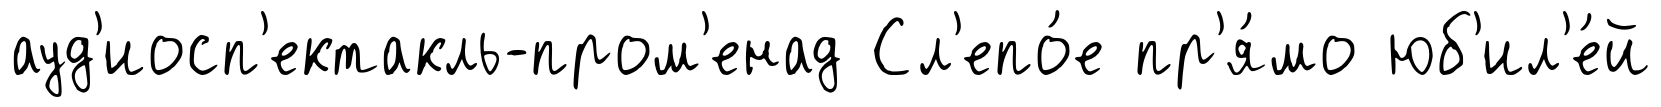
ауд'иосп'ектакль-пром'енад Сл'епо́е пр'я́мо юб'ил'е́й